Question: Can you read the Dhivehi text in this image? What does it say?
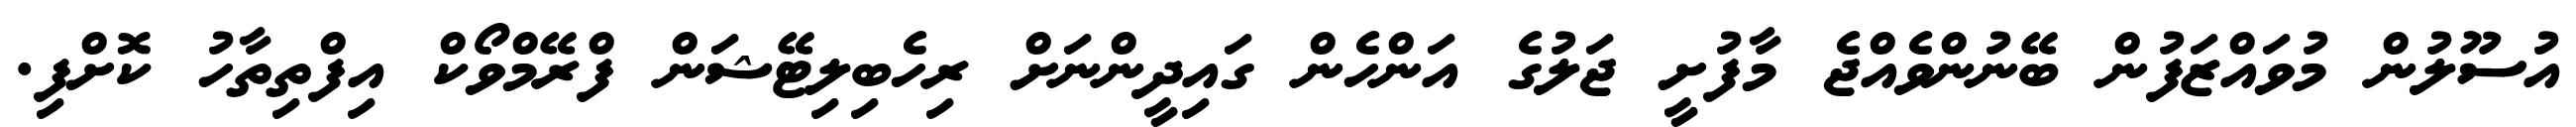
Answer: އުސޫލުން މުވައްޒަފުން ބޭނުންވެއްޖެ މާފުށީ ޖަލުގެ އަންހެން ގައިދީންނަށް ރިހެބިލިޓޭޝަން ފްރޭމްވޯކް އިފްތިތާހު ކޮށްފި.